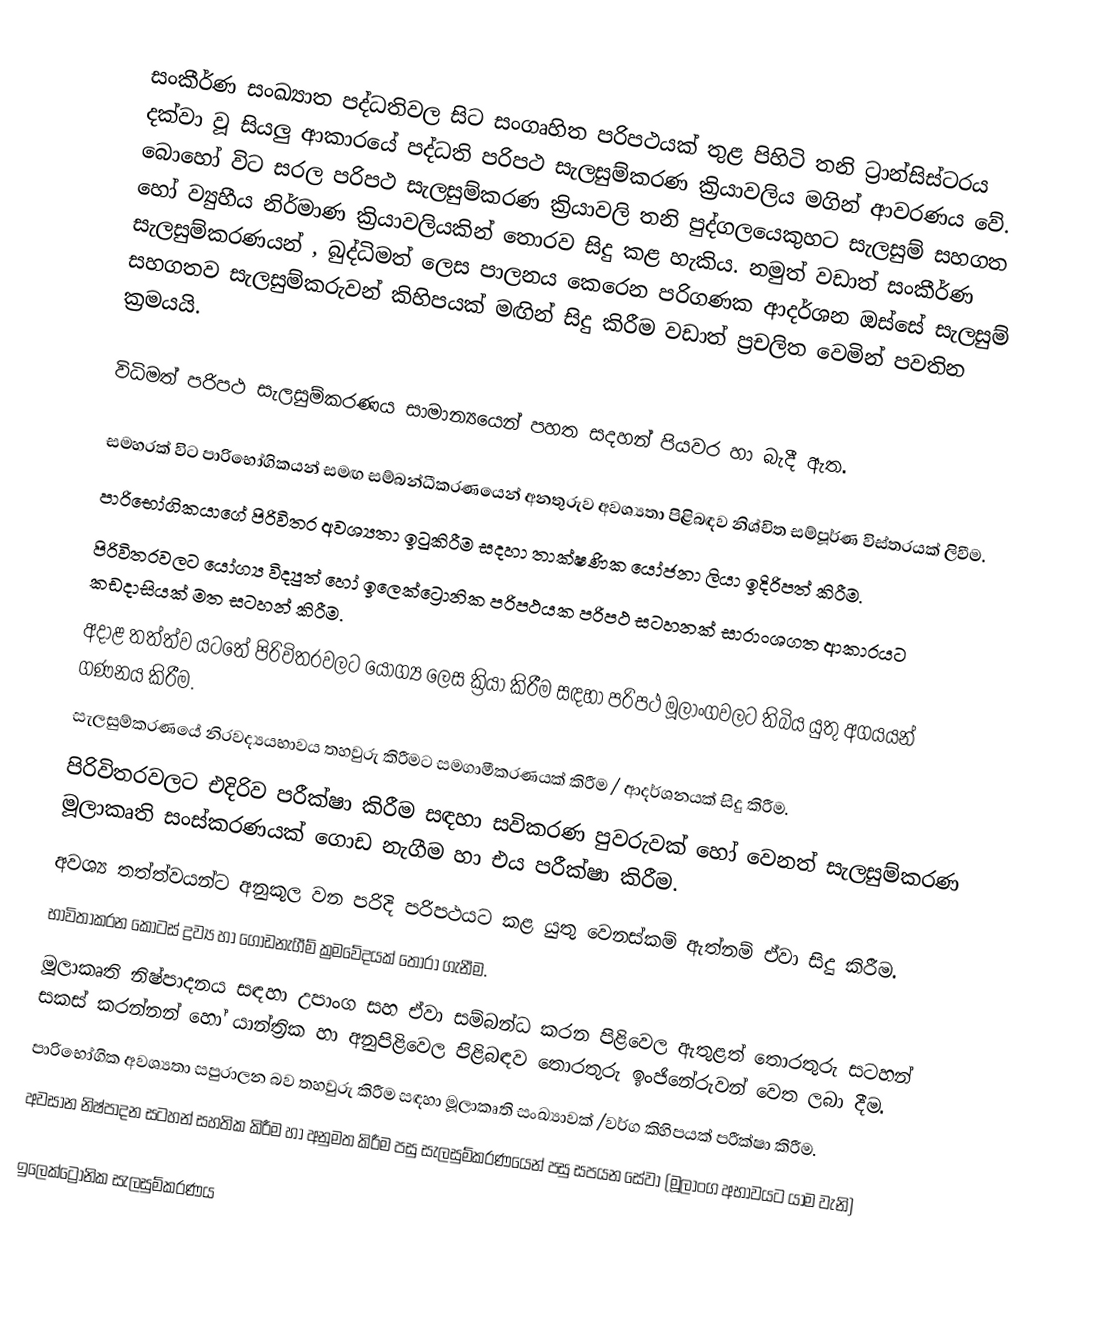
සංකීර්ණ සංඛ්‍යාත පද්ධතිවල සිට සංගෘහිත පරිපථයක් තුළ පිහිටි තනි ට්‍රාන්සිස්ටරය දක්වා වූ සියලු ආකාරයේ පද්ධති පරිපථ සැලසුම්කරණ ක්‍රියාවලිය මගින් ආවරණය වේ. බොහෝ විට සරල පරිපථ සැලසුම්කරණ ක්‍රියාවලි තනි පුද්ගලයෙකුහට සැලසුම් සහගත හෝ ව්‍යුහීය නිර්මාණ ක්‍රියාවලියකින් තොරව සිදු කළ හැකිය. නමුත් වඩාත් සංකීර්ණ සැලසුම්කරණයන් , බුද්ධිමත් ලෙස පාලනය කෙරෙන පරිගණක ආදර්ශන ඔස්සේ සැලසුම් සහගතව සැලසුම්කරුවන් කිහිපයක් මඟින් සිදු කිරීම වඩාත් ප්‍රචලිත වෙමින් පවතින ක්‍රමයයි.

විධිමත් පරිපථ සැලසුම්කරණය සාමාන්‍යයෙන් පහත සදහන් පියවර හා බැදී ඇත.

 සමහරක් විට පාරිභෝගිකයන් සමඟ සම්බන්ධීකරණයෙන් අනතුරුව අවශ්‍යතා පිළිබඳව නිශ්චිත සම්පූර්ණ විස්තරයක් ලිවීම.
 පාරිභෝගිකයාගේ පිරිවිතර අවශ්‍යතා ඉටුකිරීම සදහා තාක්ෂණික යෝජනා ලියා ඉදිරිපත් කිරීම.
 පිරිවිතරවලට යෝග්‍ය විද්‍යුත් හෝ ඉලෙක්ට්‍රොනික පරිපථයක පරිපථ සටහනක් සාරාංශගත ආකාරයට කඩදාසියක් මත සටහන් කිරීම.
අදාළ තත්ත්ව යටතේ පිරිවිතරවලට යෝග්‍ය ලෙස ක්‍රියා කිරීම සඳහා පරිපථ මූලාංගවලට තිබිය යුතු අගයයන් ගණනය කිරීම.
සැලසුම්කරණයේ නිරවද්‍යයභාවය තහවුරු කිරීමට සමගාමීකරණයක් කිරීම / ආදර්ශනයක් සිදු කිරීම.
 පිරිවිතරවලට එදිරිව පරීක්ෂා කිරීම සඳහා සවිකරණ පුවරුවක් හෝ වෙනත් සැලසුම්කරණ මූලාකෘති සංස්කරණයක් ගොඩ නැගීම හා එය පරීක්ෂා කිරීම.
 අවශ්‍ය තත්ත්වයන්ට අනුකූල වන පරිදි පරිපථයට කළ යුතු වෙනස්කම් ඇත්නම් ඒවා සිදු කිරීම.
 භාවිතාකරන කොටස් ද්‍රව්‍ය හා ගොඩනැගීම් ක්‍රමවේදයක් තෝරා ගැනීම.
 මූලාකෘති නිෂ්පාදනය සඳහා උපාංග සහ ඒවා සම්බන්ධ කරන පිළිවෙල ඇතුළත් තොරතුරු සටහන් සකස් කරන්නන් හෝ යාන්ත්‍රික හා අනුපිළිවෙල පිළිබඳව තොරතුරු ඉංජිනේරුවන් වෙත ලබා දීම.
 පාරිභෝගික අවශ්‍යතා සපුරාලන බව තහවුරු කිරීම සඳහා මූලාකෘති සංඛ්‍යාවක් /වර්ග කිහිපයක් පරීක්ෂා කිරීම.
 අවසාන නිෂ්පාදන සටහන් සහතික කිරීම හා අනුමත කිරීම පසු සැලසුම්කරණයෙන් පසු සපයන සේවා (මූලාංග අභාවයට යාම වැනි)

ඉලෙක්ට්‍රෝනික සැලසුම්කරණය